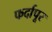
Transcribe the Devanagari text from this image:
फर्दापूर